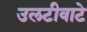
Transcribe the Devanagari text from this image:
उलटीवाटे